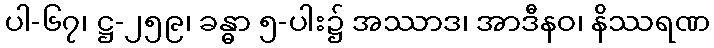
ပါ-၆၇၊ ဋ္ဌ-၂၅၉၊ ခန္ဓာ ၅-ပါး၌ အဿာဒ၊ အာဒီနဝ၊ နိဿရဏ